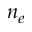
n _ { e }